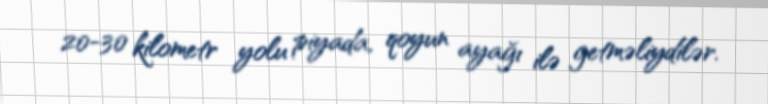
20-30 kilometr yolu piyada, qoyun ayağı ilə getməliydilər.